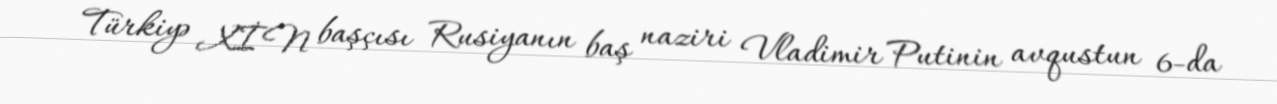
Türkiyə XİN başçısı Rusiyanın baş naziri Vladimir Putinin avqustun 6-da